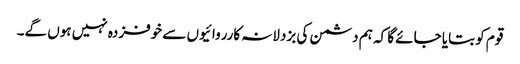
قوم کو بتایا جائے گا کہ ہم دشمن کی بزدلانہ کارروائیوں سے خوفزدہ نہیں ہوں گے۔